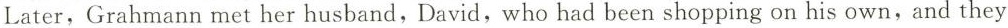
Later, Grahmann met her husband, David, who had been shopping on his own,and they